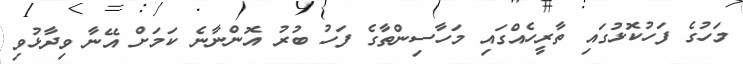
މަހުގެ ފަހުކޮޅުގައި ތާރީހެއްގައި މަހާސިންތާގެ ފަހު ބުރު އޮންނާނެ ކަމަށް އޭނާ ވިދާޅުވި